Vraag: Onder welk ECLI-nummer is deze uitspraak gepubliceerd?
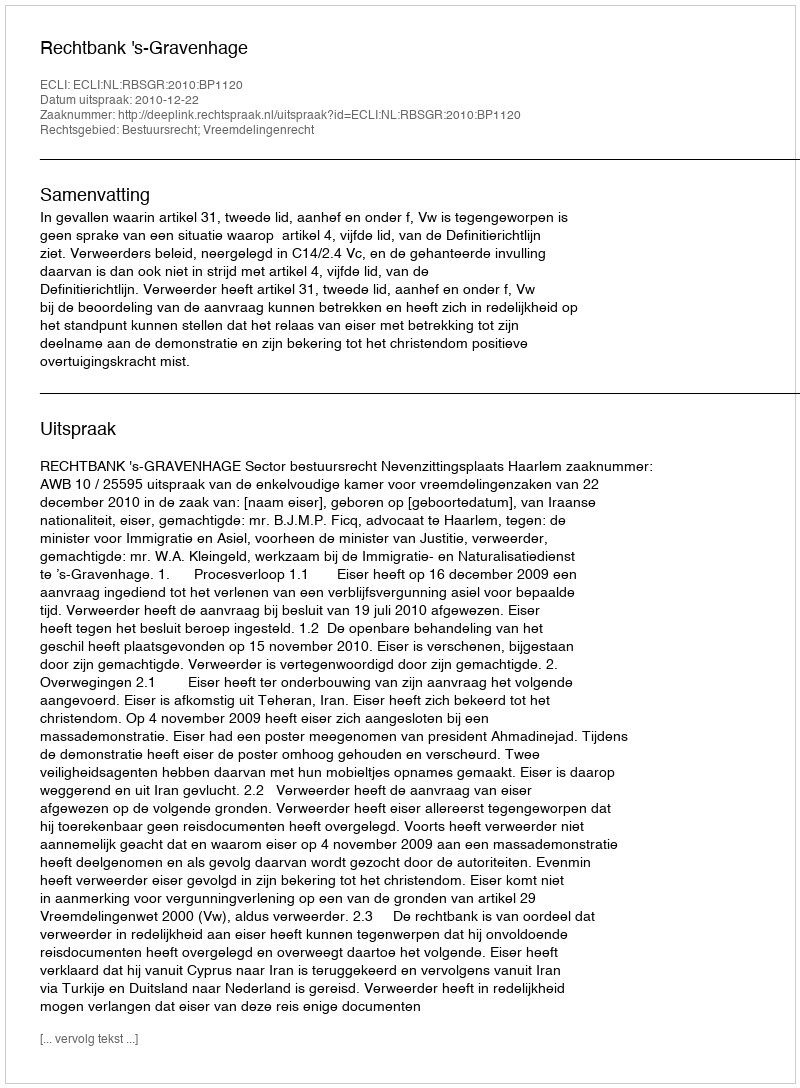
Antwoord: ECLI:NL:RBSGR:2010:BP1120